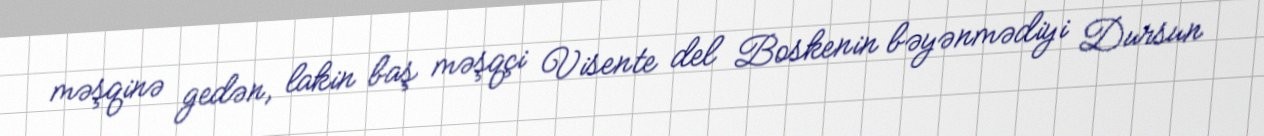
məşqinə gedən, lakin baş məşqçi Visente del Boskenin bəyənmədiyi Dursun